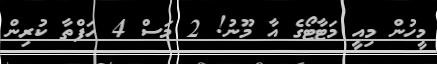
މީހުން މިއީ މަޓާޓޯގެ އާ މޫނު! 2 މަސް 4 ހަފްތާ ކުރިން